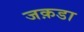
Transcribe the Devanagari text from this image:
जक़डा